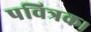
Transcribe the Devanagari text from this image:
पवित्रक।